Civil Veterinary Dept. Bombay admin report 1914-1922 - 1914-1922
Year: 1914
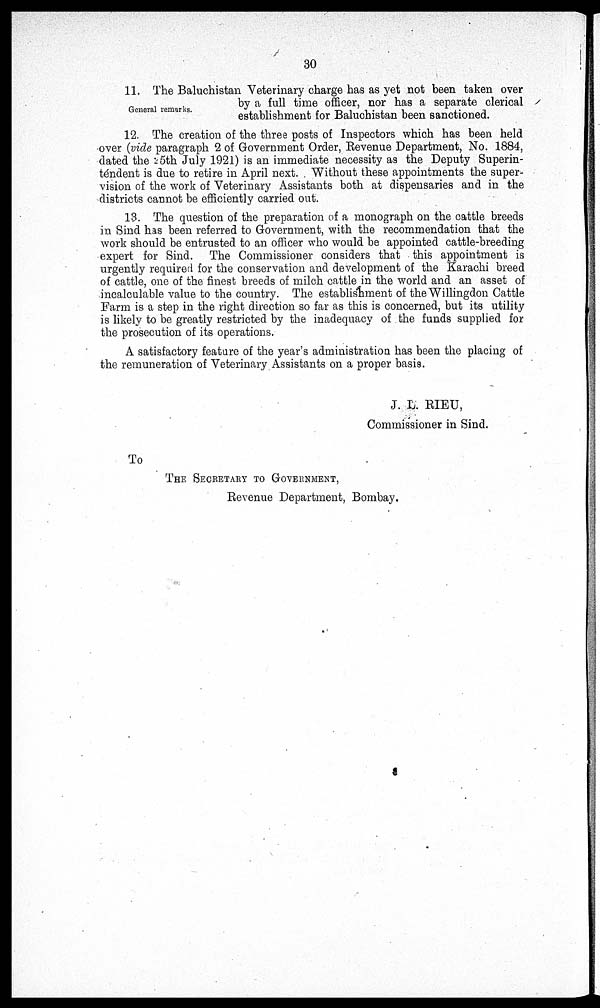
30
General remarks.
11. The Baluchistan Veterinary charge has as yet not been taken over
by a full time officer, nor has a separate clerical
establishment for Baluchistan been sanctioned.
12. The creation of the three posts of Inspectors which has been held
over (vide paragraph 2 of Government Order, Revenue Department, No. 1884,
dated the 5th July 1921) is an immediate necessity as the Deputy Superin-
téndent is due to retire in April next. Without these appointments the super-
vision of the work of Veterinary Assistants both at dispensaries and in the
districts cannot be efficiently carried out.
13. The question of the preparation of a monograph on the cattle breeds
in Sind has been referred to Government, with the recommendation that the
work should be entrusted to an officer who would be appointed cattle-breeding
expert for Sind. The Commissioner considers that this appointment is
urgently required for the conservation and development of the Karachi breed
of cattle, one of the finest breeds of milch cattle in the world and an asset of
incalculable value to the country. The establishment of the Willingdon Cattle
Farm is a step in the right direction so far as this is concerned, but its utility
is likely to be greatly restricted by the inadequacy of the funds supplied for
the prosecution of its operations.
A satisfactory feature of the year's administration has been the placing of
the remuneration of Veterinary Assistants on a proper basis.
J. L. RIEU,
Commissioner in Sind.
To
THE SECRETARY TO GOVERNMENT,
Revenue Department, Bombay.